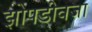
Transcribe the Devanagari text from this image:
झोपडीवजा